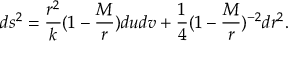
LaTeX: d s ^ { 2 } = { \frac { r ^ { 2 } } { k } } ( 1 - { \frac { M } { r } } ) d u d v + { \frac { 1 } { 4 } } ( 1 - { \frac { M } { r } } ) ^ { - 2 } d r ^ { 2 } .